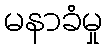
မနာခံမှု